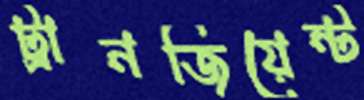
ট্রানজিয়েন্ট